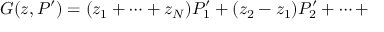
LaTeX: G ( z , P ^ { \prime } ) = ( z _ { 1 } + \cdots + z _ { \cal N } ) P _ { 1 } ^ { \prime } + ( z _ { 2 } - z _ { 1 } ) P _ { 2 } ^ { \prime } + \dots +